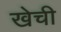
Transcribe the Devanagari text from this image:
खेची